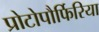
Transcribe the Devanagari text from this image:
प्रोटोपौर्फिरिया